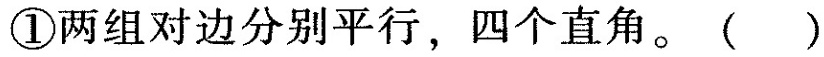
①两组对边分别平行，四个直角。( )